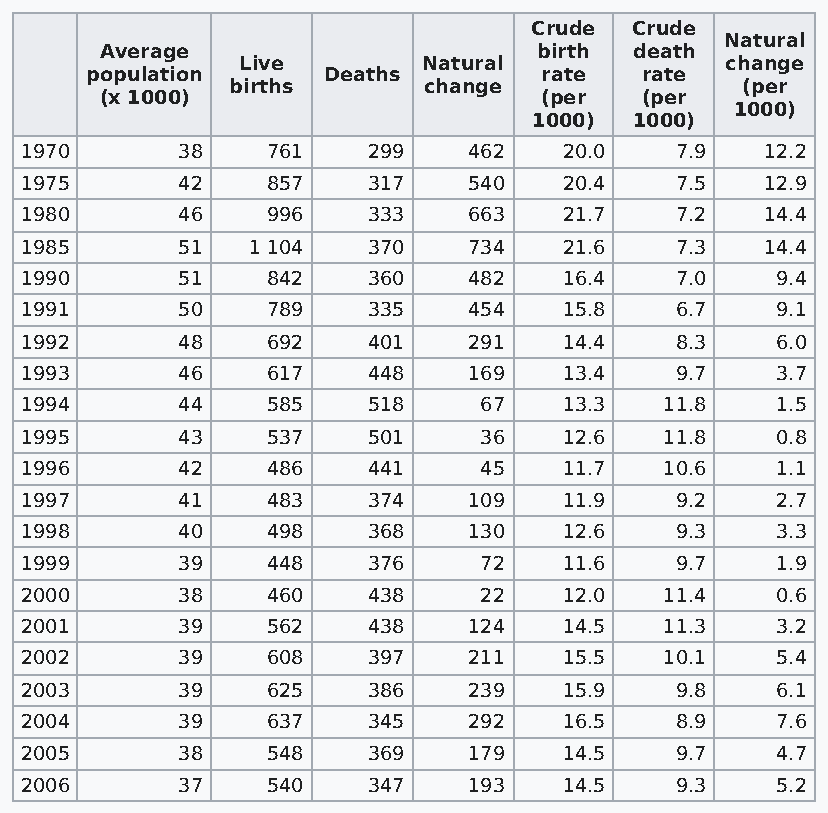
Crude  Crude
 Natural
 Average                      birth death
 Live        Natural             change
 population     Deaths         rate  rate
 births       change               (per
 (x 1000)                     (per  (per
 1000)
 1000)  1000)
 1970       38    761   299    462   20.0    7.9   12.2
 1975       42    857   317    540   20.4    7.5   12.9
 1980       46    996   333    663   21.7    7.2   14.4
 1985       51  1 104   370    734   21.6    7.3   14.4
 1990       51    842   360    482   16.4    7.0   9.4
 1991       50    789   335    454   15.8    6.7   9.1
 1992       48    692   401    291   14.4    8.3   6.0
 1993       46    617   448    169   13.4    9.7   3.7
 1994       44    585   518     67   13.3   11.8   1.5
 1995       43    537   501     36   12.6   11.8   0.8
 1996       42    486   441     45   11.7   10.6   1.1
 1997       41    483   374    109   11.9    9.2   2.7
 1998       40    498   368    130   12.6    9.3   3.3
 1999       39    448   376     72   11.6    9.7   1.9
 2000       38    460   438     22   12.0   11.4   0.6
 2001       39    562   438    124   14.5   11.3   3.2
 2002       39    608   397    211   15.5   10.1   5.4
 2003       39    625   386    239   15.9    9.8   6.1
 2004       39    637   345    292   16.5    8.9   7.6
 2005       38    548   369    179   14.5    9.7   4.7
 2006       37    540   347    193   14.5    9.3   5.2